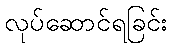
လုပ်ဆောင်ရခြင်း